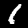
Digit: 1